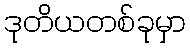
ဒုတိယတစ်ခုမှာ